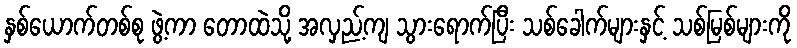
နှစ်ယောက်တစ်စု ဖွဲ့ကာ တောထဲသို့ အလှည့်ကျ သွားရောက်ပြီး သစ်ခေါက်များနှင့် သစ်မြစ်များကို